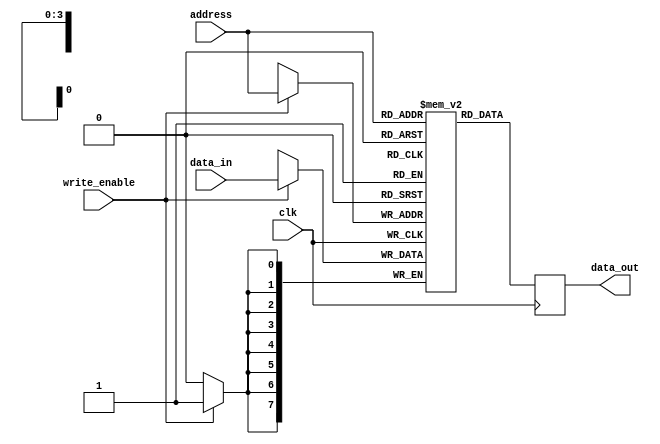
module register_file #(parameter NUM_REGISTERS = 16,
                          parameter DATA_WIDTH = 8)
(
    input wire clk,
    input wire [3:0] address,
    input wire [DATA_WIDTH-1:0] data_in,
    input wire write_enable,
    output reg [DATA_WIDTH-1:0] data_out
);

reg [DATA_WIDTH-1:0] registers [0:NUM_REGISTERS-1];

always @(posedge clk)
begin
    if(write_enable)
        registers[address] <= data_in;
    data_out <= registers[address];
end

endmodule